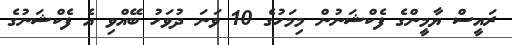
ރައީސް ޔާމީންގެ ފެކްޝަނުން މިމަހުގެ 10 ވަނަ ދުވަހު ބޭއްވި އެ ފެކްޝަނުގެ